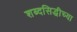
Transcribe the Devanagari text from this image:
शब्दसिद्धीच्या